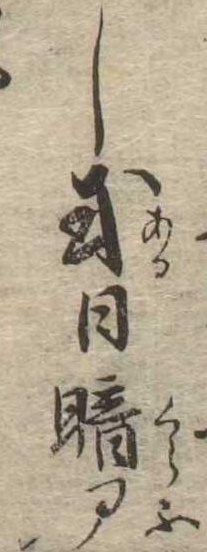
し或日暗部